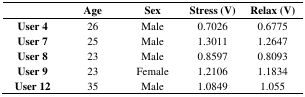
<table><thead><tr><td></td><td><b>Age</b></td><td><b>Sex</b></td><td><b>Stress (V)</b></td><td><b>Relax (V)</b></td></tr></thead><tbody><tr><td><b>User 4</b></td><td>26</td><td>Male</td><td>0.7026</td><td>0.6775</td></tr><tr><td><b>User 7</b></td><td>25</td><td>Male</td><td>1.3011</td><td>1.2647</td></tr><tr><td><b>User 8</b></td><td>23</td><td>Male</td><td>0.8597</td><td>0.8093</td></tr><tr><td><b>User 9</b></td><td>23</td><td>Female</td><td>1.2106</td><td>1.1834</td></tr><tr><td><b>User 12</b></td><td>35</td><td>Male</td><td>1.0849</td><td>1.055</td></tr></tbody></table>